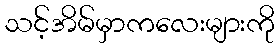
သင့်အိမ်မှာကလေးများကို